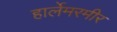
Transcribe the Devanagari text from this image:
हार्लेमरमीर